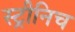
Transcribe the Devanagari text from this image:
स्ट्रीनिच